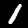
Label: 1